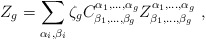
\begin{align*} Z_g =\sum_{\alpha_i,\beta_i} \zeta_g C^{\alpha_1,\dots,\alpha_g}_{\beta_1,\dots,\beta_g} Z^{\alpha_1,\dots,\alpha_g}_{\beta_1,\dots,\beta_g}~,\end{align*}